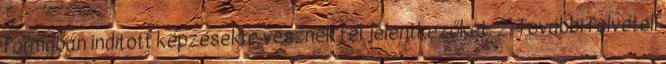
formában indított képzésekre vesznek fel jelentkezőket. 2. További felvételi